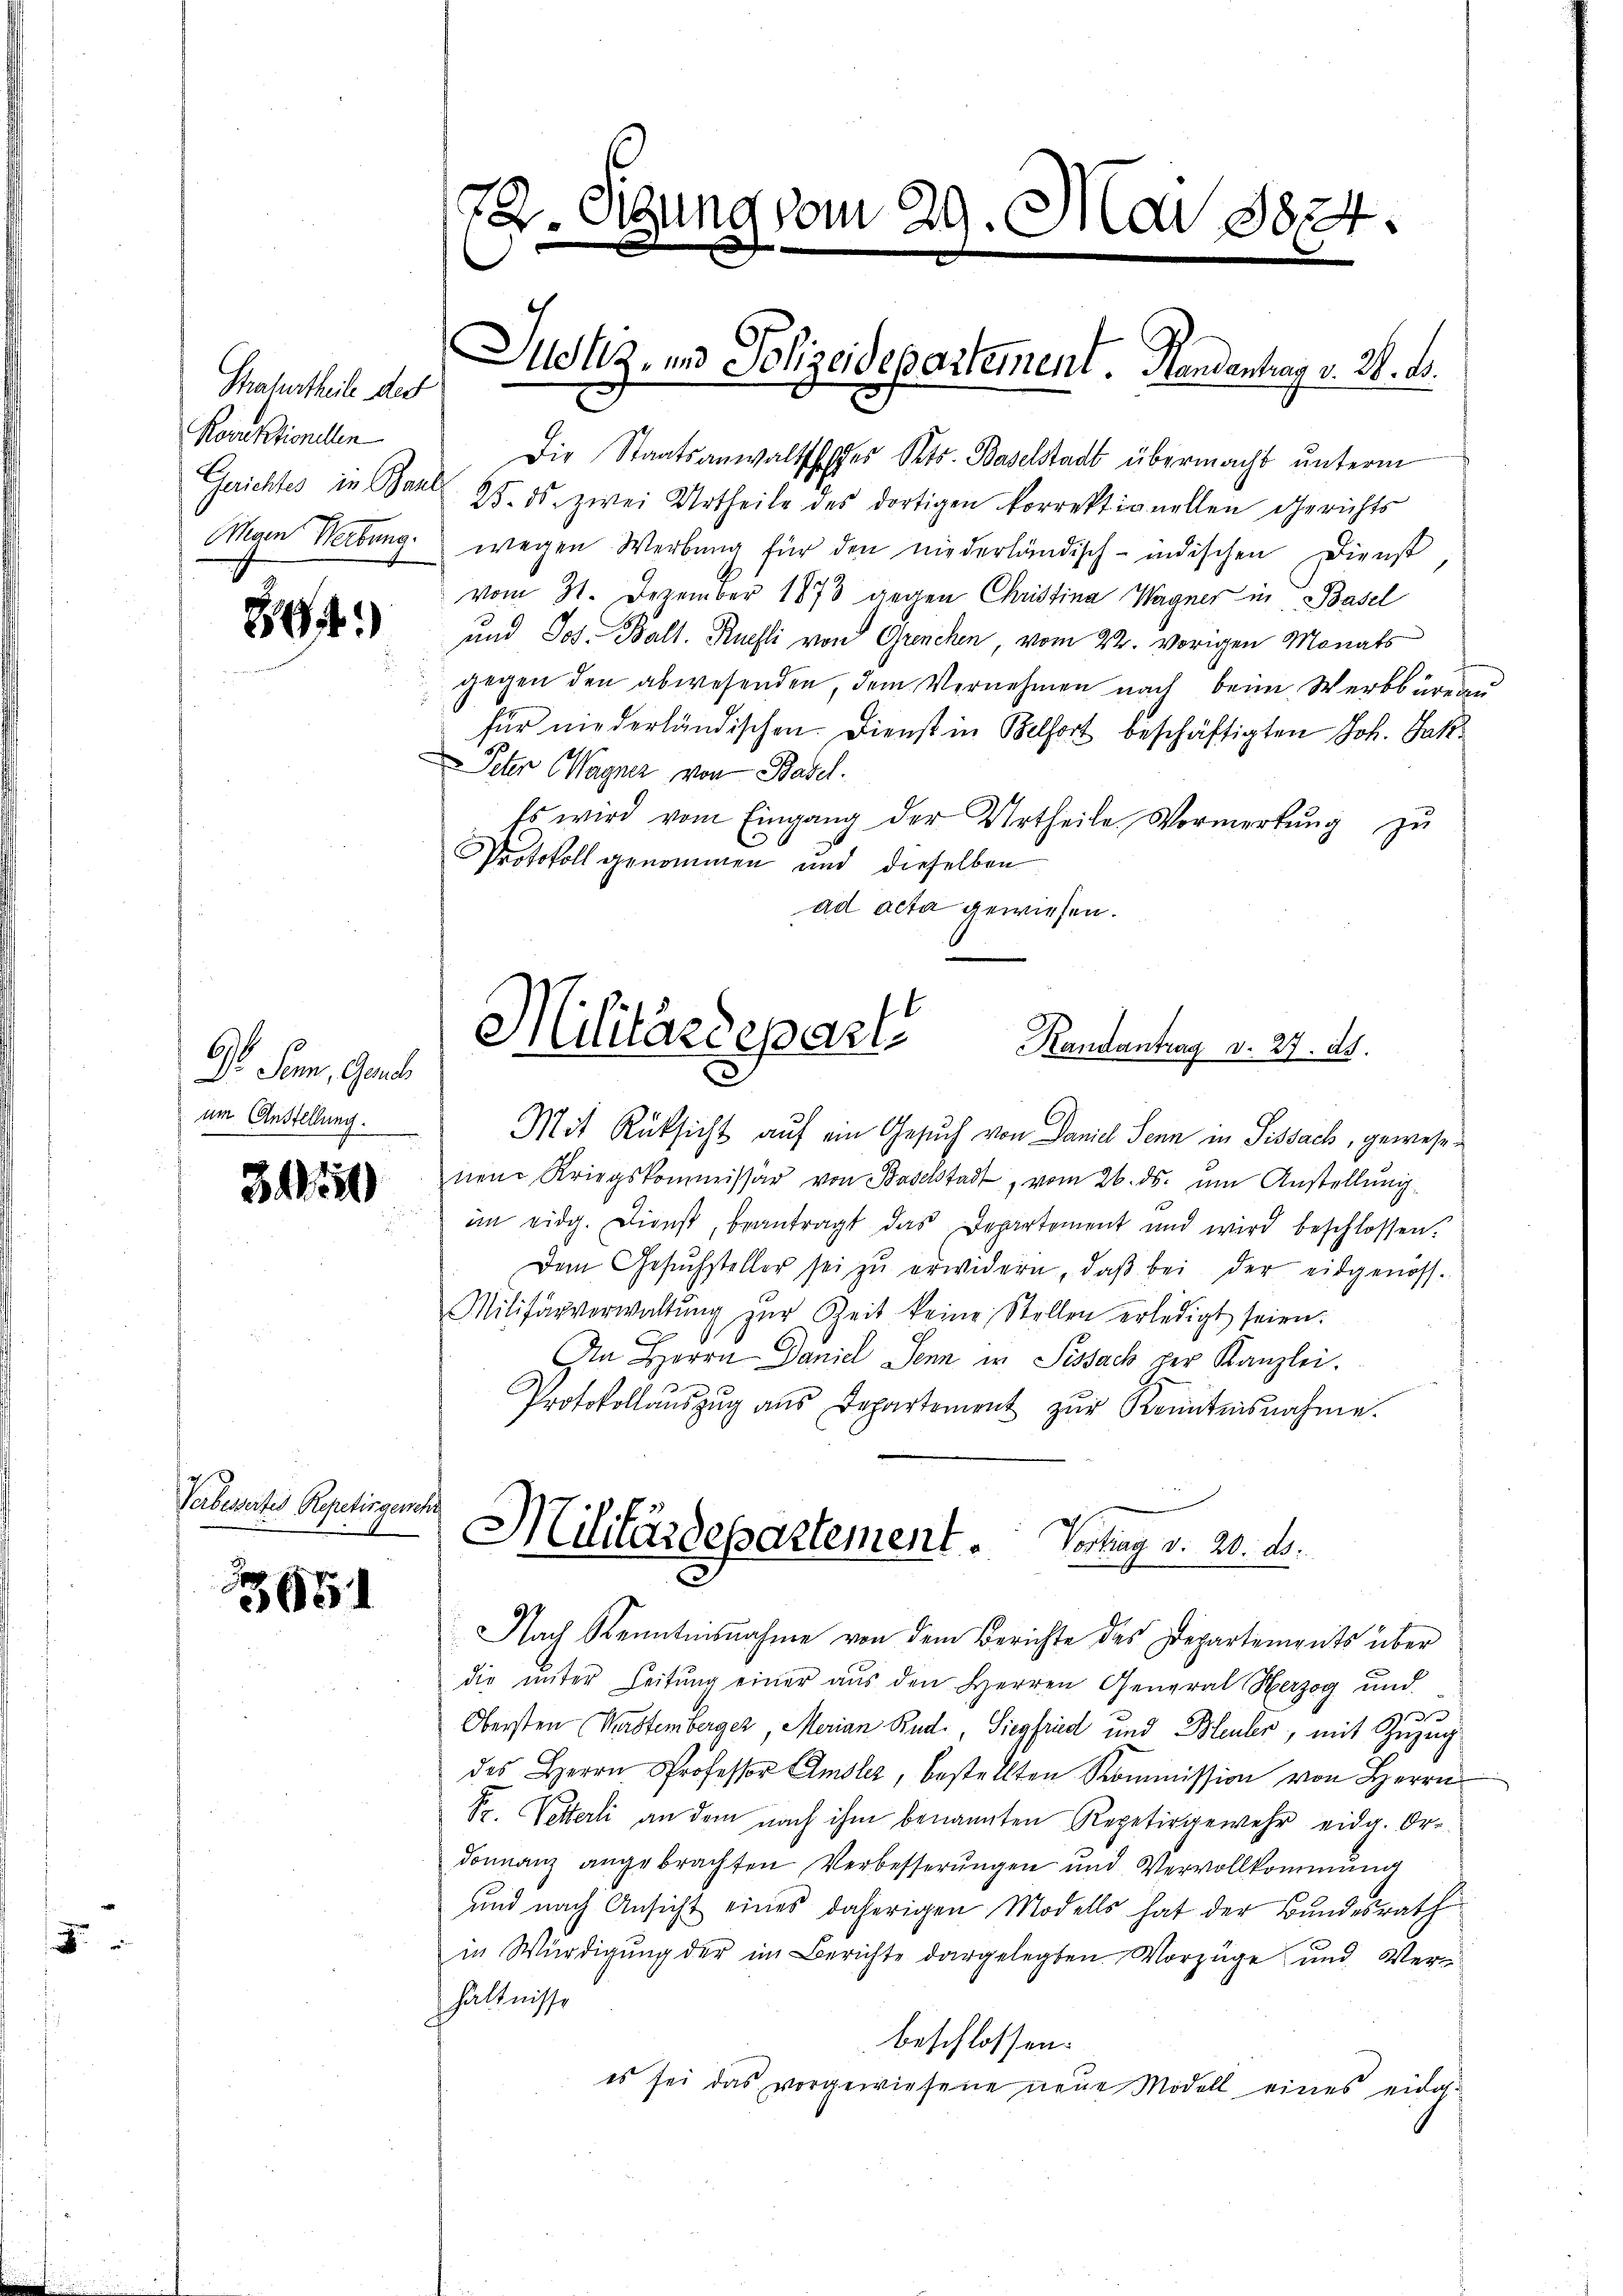
Salurtheil des
Rorektionellen
Menen Wertung.

84.)

Gl. Sonn, Gend
um Anstellung.

3152

Verbessertes Repetirgenehr

3651

72. Sigung vom 29. Mai 18824.
e

Die Staatsanwaltsches Kts. Baselstadt übermacht unterm
Gerichtes in Paul 25. ds. zwei Urtheile des dortigen korrektionellen Gerichts
wegen Werbung für den niederländisch-indischen Dienst
vom 31. Dezember 1873 gegen Christina Wagner in Basel
und Jos. Balt. Kuesli von Grenchen vom 22. vorigen Monats
gegen den abwesenden, dem Vernehmen nach beim Werkbüreau
für niederländischen. Dienst in Belfort beschäftigten Joh. Jak
 Peter Wagner von Basel.
Es wird vom Eingang der Urtheile Vormerkŭng zu
Protokoll genommen und dieselben
ad acta gewiesen.

Juolz, und Polizeidepartement. Handentrag v. 26. ds.

Militärdepart. Handentrag v. 27. d.

Militärdepartement. Vortrag v. 20. d.
Nach Kenntnisnahme von dem Berichte des Departements über

Mit Rüksicht auf ein Gesuch von Daniel Senn in Sissach, gewesenem Kriegskommissär von Baselstadt, vom 26. ds. ŭm Anstellung
im eidg. Dienst, beantragt das Departement und wird beschlossen.
Dem Gesŭchsteller sei zu erwidern, daβ bei der eidgenöss
Militärverwaltŭng zŭr Zeit keine Stellen erledigt seien.
An Herrn Daniel Senn in Sissach per Kanzlei.
Protokollaŭszŭg ans Departement zŭr Kenntnisnahme.
die ŭnter Leitŭng einer aus den Herren General Herzog und
Obersten Kastemberger Merian Bud., Siegfried und Bleuler, mit Zuzug
des Herrn Professor Amsler, bestellten Kommission von Herrn
Fr. Vetterli an dem nach ihm benannten Repetirgewehr eidg. Or-
donnanz angebrachten Verbesserungen und Vervollkommung
und nach Ansicht eines daherigen Modells hat der Bundesrath
in Würdigung der im Berichte dargelegten Vorzüge und Verhältnisse
beschlossen:
es sei das vorgewiesene neue Modell eines eider¬